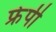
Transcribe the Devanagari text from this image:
फ्रेपी